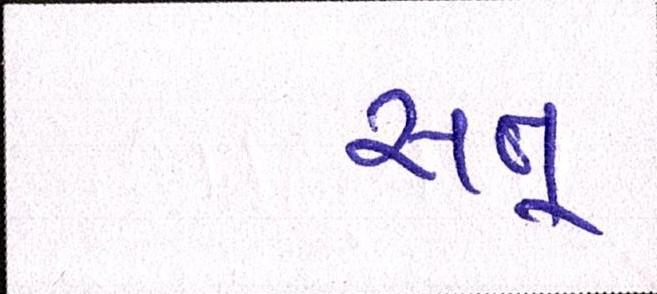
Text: સત્